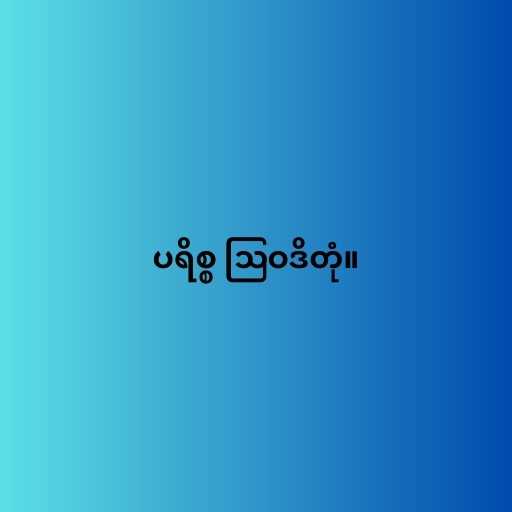
ပရိစ္စ ဩဝဒိတုံ။